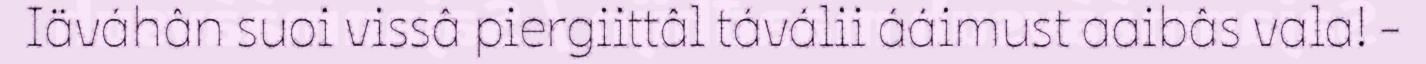
Iäváhân suoi vissâ piergiittâl táválii ááimust aaibâs vala! -